Punjab Mental Hospital Lahore 1932-46 - 1932-1946
Year: 1932
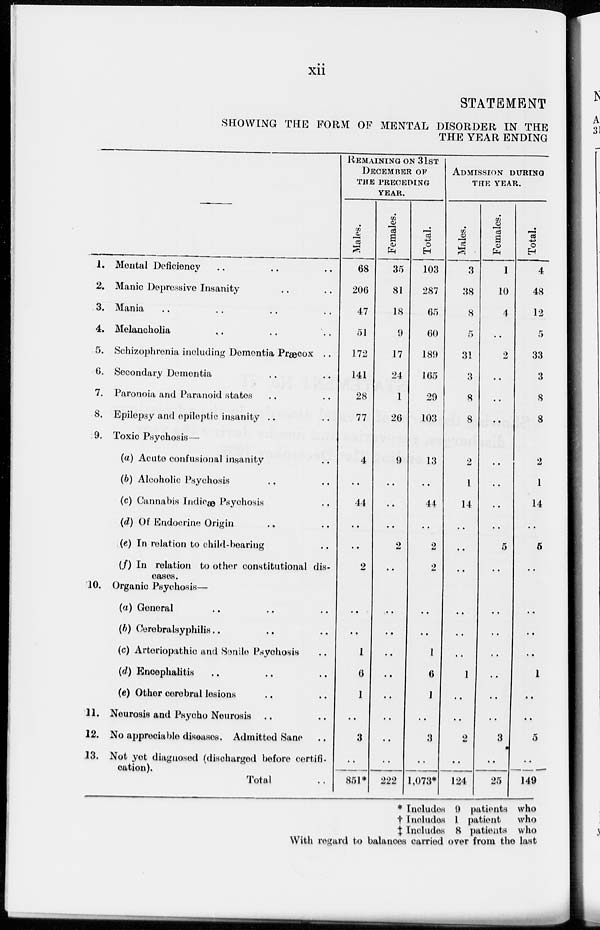
xii
STATEMENT
SHOWING THE FORM OF MENTAL DISORDER IN THE
THE YEAR ENDING
1.
2.
3.
4.
5.
6.
7.
8.
9.
10.
11.
12.
13.
Mental Deficiency .. .. ..
Manic Depressive Insanity .. ..
Mania .. .. .. ..
Melancholia .. .. ..
Schizophrenia including Dementia Præcox ..
Secondary Dementia .. ..
Paronoia and Paranoid states .. ..
Epilepsy and epileptic insanity .. ..
Toxic Psychosis—
(a) Acute confusional insanity ..
(b) Alcoholic Psychosis .. ..
(c) Cannabis Indicæ Psychosis ..
(d) Of Endocrine Origin .. ..
(e) In relation to child-bearing ..
(f) In relation to other constitutional dis-
eases.
Organic Psychosis—
(a) General
(b) Cerebralsyphilis.. .. ..
(c) Arteriopathic and Sonile Psychosis ..
(d) Encephalitis .. .. ..
(e) Other cerebral lesions .. ..
Neurosis and Psycho Neurosis .. ..
No appreciable diseases. Admitted Sane ..
Not yet diagnosed (discharged before certifi-
cation).
Total ..
REMAINING ON 31ST
DECEMBER OF
THE PRECEDING
YEAR.
Males.
68
206
47
51
172
141
28
77
4
..
44
..
..
2
..
..
1
6
1
..
3
..
851*
Females.
35
81
18
9
17
24
1
26
9
..
..
..
..
..
..
..
..
..
..
..
..
..
222
Total.
103
287
65
60
189
165
29
103
13
..
44
..
2
2
..
..
1
6
1
..
3
..
1,073*
ADMISSION DURING
THE YEAR.
Males.
3
38
8
5
31
3
8
8
2
1
14
..
..
..
..
..
..
1
..
..
2
..
124
Females.
1
10
4
..
2
..
..
..
..
..
..
..
5
..
..
..
..
..
..
..
3
..
25
Total.
4
48
12
5
33
3
8
8
2
1
14
..
5
..
..
..
..
1
..
..
5
..
149
* Includes 9 patients who
† Includes 1 patient who
‡ Includes 8 patients who
With regard to balances carried over from the last